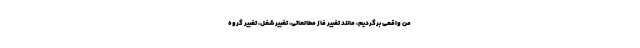
من واقعی برگردیم، مانند تغییر فاز مطالعاتی، تغییر شغل، تغییر گروه